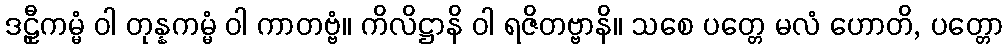
ဒဠှီကမ္မံ ဝါ တုန္နကမ္မံ ဝါ ကာတဗ္ဗံ။ ကိလိဋ္ဌာနိ ဝါ ရဇိတဗ္ဗာနိ။ သစေ ပတ္တေ မလံ ဟောတိ, ပတ္တော